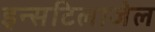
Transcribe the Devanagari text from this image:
इन्सटिलाजेल